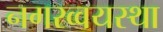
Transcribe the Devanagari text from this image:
नगरव्वयस्था